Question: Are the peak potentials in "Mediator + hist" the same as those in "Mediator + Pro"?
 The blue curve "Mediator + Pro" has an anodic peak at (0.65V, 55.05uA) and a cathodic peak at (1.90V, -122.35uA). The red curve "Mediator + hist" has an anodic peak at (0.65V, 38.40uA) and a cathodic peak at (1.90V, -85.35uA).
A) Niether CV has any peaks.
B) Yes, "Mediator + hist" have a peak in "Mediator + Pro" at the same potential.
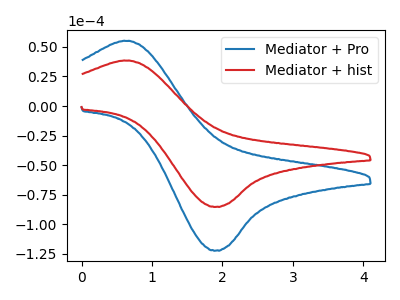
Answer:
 <answer>B) Yes, "Mediator + hist" have a peak in "Mediator + Pro" at the same potential.</answer>
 <eval>B</eval>